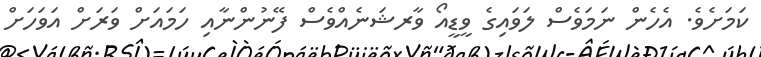
ކަމަށެވެ. އެހެން ނަމަވެސް ލަވައިގެ ވީޑީއޯ ވާރޝަނެއްވެސް ފޭނުންނާއި ހަމައަށް ވަރަށް އަވަހަށް